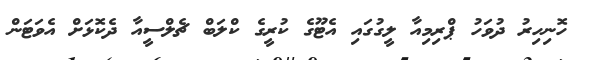
ހޮނިހިރު ދުވަހު ޕްރިމިއާ ލީގުގައި އެޓޫގެ ކުރީގެ ކްލަބް ޗެލްސީއާ ދެކޮޅަށް އެވަޓަން